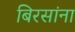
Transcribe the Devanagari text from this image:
बिरसांना